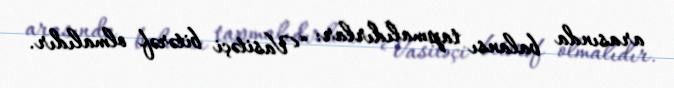
arasında balansı tapmalıdırlar: “Vasitəçi bitərəf olmalıdır.